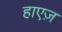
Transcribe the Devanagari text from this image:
हाएज़